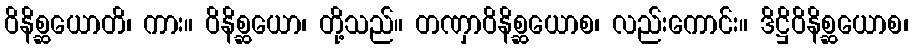
ဝိနိစ္ဆယောတိ၊ ကား။ ဝိနိစ္ဆယော၊ တို့သည်။ တဏှာဝိနိစ္ဆယောစ၊ လည်းကောင်း။ ဒိဋ္ဌိဝိနိစ္ဆယောစ၊